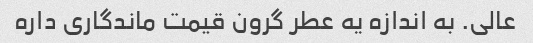
عالی. به اندازه یه عطر گرون قیمت ماندگاری داره